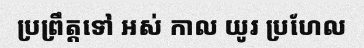
ប្រព្រឹត្តទៅ អស់ កាល យូរ ប្រហែល